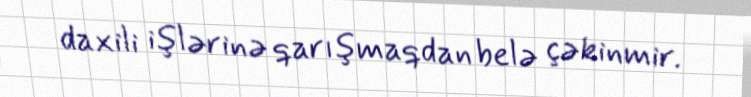
daxili işlərinə qarışmaqdan belə çəkinmir.